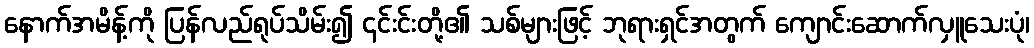
နောက်အမိန့်ကို ပြန်လည်ရုပ်သိမ်း၍ ၎င်းင်းတို့၏ သစ်များဖြင့် ဘုရားရှင်အတွက် ကျောင်းဆောက်လှူသေးပုံ၊